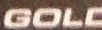
GOLD